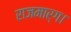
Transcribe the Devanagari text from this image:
राजमार्ग।